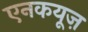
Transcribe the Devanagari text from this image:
एनकयूज़